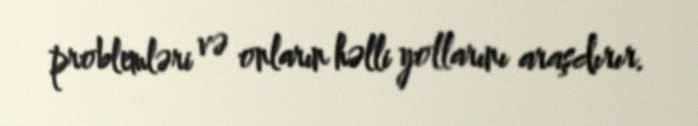
problemləri və onların həlli yollarını araşdırır.